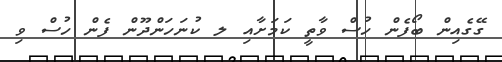
ގޭގެއިން ބޯފެން ހުސް ވާތީ ކަމަށާއި ލ ކުނަހަންދޫން ފެން ހުސް ވި